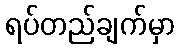
ရပ်တည်ချက်မှာ